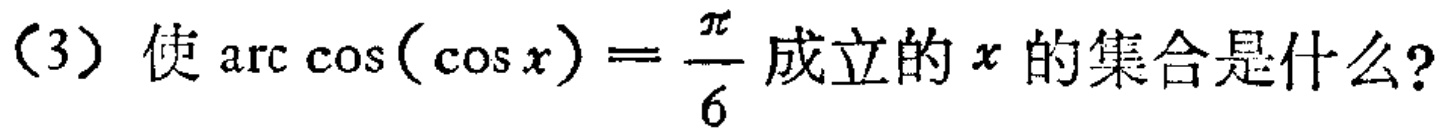
(3) 使\(\arccos(\cos x)=\frac{\pi}{6}\)成立的\(x\)的集合是什么?